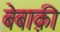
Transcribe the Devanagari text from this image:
बेबाक़ी